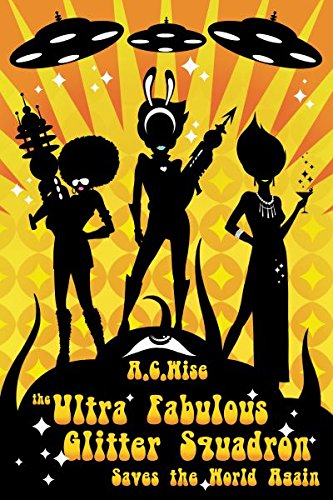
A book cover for The Ultra Fabulous Glitter Squadron Saves The World Again; A. C. Wise; Science Fiction & Fantasy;